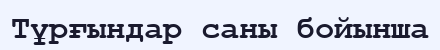
Тұрғындар саны бойынша